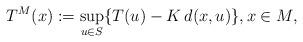
LaTeX: \begin{align*} {{T^M}}(x):=\sup_{u\in S}\{T(u)-K\,d(x,u)\}, x \in M,\end{align*}